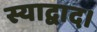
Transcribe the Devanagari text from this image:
स्याद्वाद।